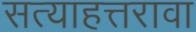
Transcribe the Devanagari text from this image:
सत्याहत्तरावा